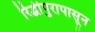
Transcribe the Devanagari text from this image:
रिद्धीपुरापासून